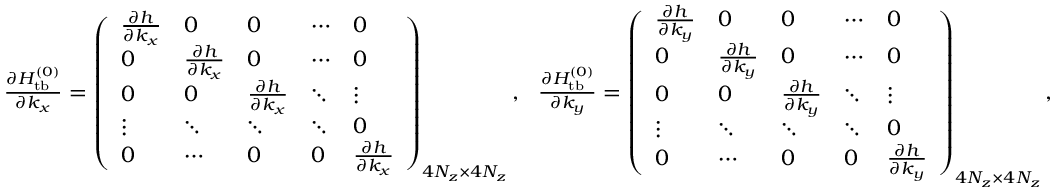
\begin{array} { r } { \frac { \partial { \cal H } _ { \mathrm { t b } } ^ { ( 0 ) } } { \partial k _ { x } } = \left( \begin{array} { l l l l l } { \frac { \partial h } { \partial k _ { x } } } & { 0 } & { 0 } & { \cdots } & { 0 } \\ { 0 } & { \frac { \partial h } { \partial k _ { x } } } & { 0 } & { \cdots } & { 0 } \\ { 0 } & { 0 } & { \frac { \partial h } { \partial k _ { x } } } & { \ddots } & { \vdots } \\ { \vdots } & { \ddots } & { \ddots } & { \ddots } & { 0 } \\ { 0 } & { \cdots } & { 0 } & { 0 } & { \frac { \partial h } { \partial k _ { x } } } \end{array} \right) _ { 4 N _ { z } \times 4 N _ { z } } , ~ ~ \frac { \partial { \cal H } _ { \mathrm { t b } } ^ { ( 0 ) } } { \partial k _ { y } } = \left( \begin{array} { l l l l l } { \frac { \partial h } { \partial k _ { y } } } & { 0 } & { 0 } & { \cdots } & { 0 } \\ { 0 } & { \frac { \partial h } { \partial k _ { y } } } & { 0 } & { \cdots } & { 0 } \\ { 0 } & { 0 } & { \frac { \partial h } { \partial k _ { y } } } & { \ddots } & { \vdots } \\ { \vdots } & { \ddots } & { \ddots } & { \ddots } & { 0 } \\ { 0 } & { \cdots } & { 0 } & { 0 } & { \frac { \partial h } { \partial k _ { y } } } \end{array} \right) _ { 4 N _ { z } \times 4 N _ { z } } , } \end{array}